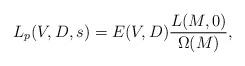
LaTeX: \begin{align*} L_p(V,D,s) = E(V,D) \frac{L(M,0)}{\Omega(M)}, \end{align*}